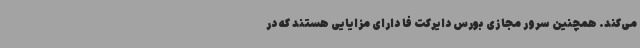
می‌کند. همچنین سرور مجازی بورس دایرکت فا دارای مزایایی هستند که در